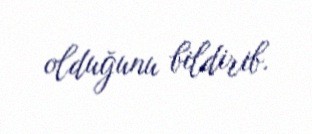
olduğunu bildirib.